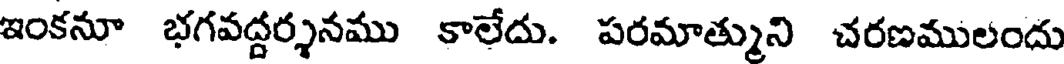
ఇంకనూ భగవద్దర్శనము కాలేదు. పరమాత్ముని చరణములందు